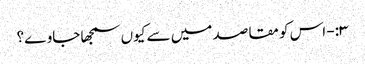
۳:- اس کو مقاصد میں سے کیوں سمجھا جاوے؟